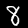
Label: 8